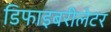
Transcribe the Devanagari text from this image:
डिफाइबरीलेटर